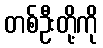
တစ်ဦးတို့ကို